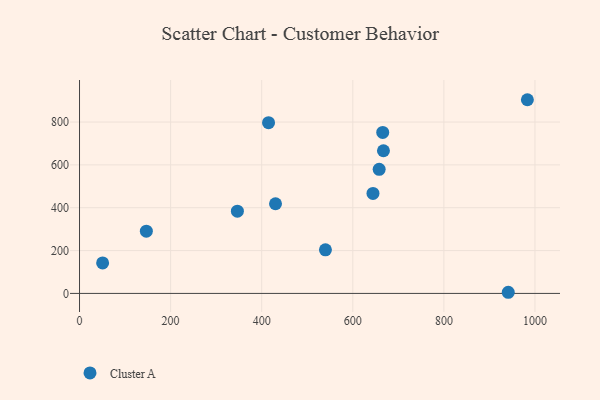
{"axis": {"x": "Ad Spend", "y": "Exam Score"}, "legend": ["Cluster A"], "data": [{"x": "430.3", "y": 418.5, "type": "Cluster A"}, {"x": "415.0", "y": 797.0, "type": "Cluster A"}, {"x": "539.9", "y": 203.5, "type": "Cluster A"}, {"x": "941.3", "y": 5.3, "type": "Cluster A"}, {"x": "665.7", "y": 751.5, "type": "Cluster A"}, {"x": "657.9", "y": 579.1, "type": "Cluster A"}, {"x": "983.3", "y": 904.2, "type": "Cluster A"}, {"x": "146.7", "y": 290.5, "type": "Cluster A"}, {"x": "667.3", "y": 666.0, "type": "Cluster A"}, {"x": "644.3", "y": 467.0, "type": "Cluster A"}, {"x": "346.6", "y": 384.0, "type": "Cluster A"}, {"x": "50.7", "y": 142.5, "type": "Cluster A"}]}